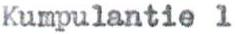
Kumpulantie 1